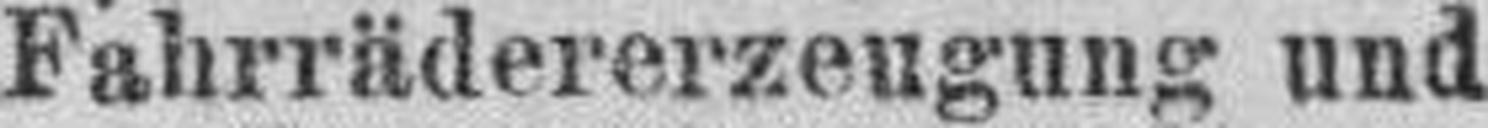
Fahrrädererzeugung und